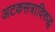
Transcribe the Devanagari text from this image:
अटकसत्राविरुद्ध